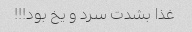
غذا بشدت سرد و یخ بود!!!